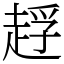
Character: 䞯